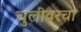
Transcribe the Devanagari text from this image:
चुलीवरचा